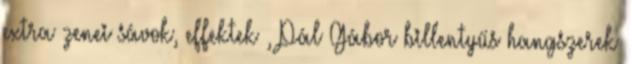
extra zenei sávok, effektek , Pál Gábor billentyűs hangszerek